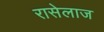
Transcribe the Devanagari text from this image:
रासेलाज